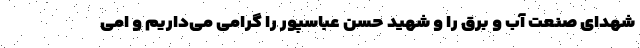
شهدای صنعت آب و برق را و شهید حسن عباسپور را گرامی می‌داریم و امی